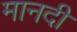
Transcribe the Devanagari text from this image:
मानदी